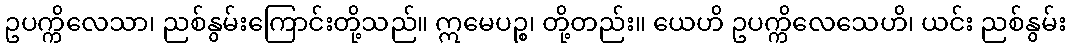
ဥပက္ကိလေသာ၊ ညစ်နွမ်းကြောင်းတို့သည်။ ဣမေပဉ္စ၊ တို့တည်း။ ယေဟိ ဥပက္ကိလေသေဟိ၊ ယင်း ညစ်နွမ်း